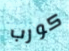
كورب